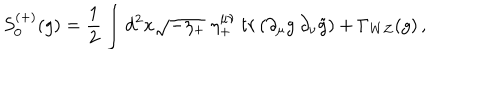
S _ { 0 } ^ { ( + ) } ( g ) = { \frac { 1 } { 2 } } \int d ^ { 2 } x \sqrt { - \eta _ { + } } \; \eta _ { + } ^ { \mu \nu } \: t r \left( \partial _ { \mu } g \: \partial _ { \nu } \tilde { g } \right) + \Gamma _ { W Z } ( g ) \, ,